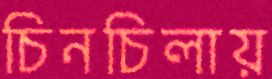
চিনচিলায়